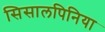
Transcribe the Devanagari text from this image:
सिसालपिनिया